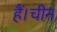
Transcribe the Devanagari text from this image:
हैं।चीन